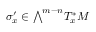
\sigma _ { x } ^ { \prime } \in { \textstyle \bigwedge } ^ { m - n } T _ { x } ^ { * } M